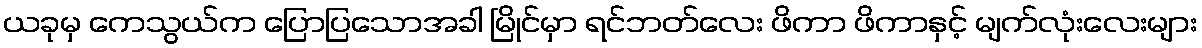
ယခုမှ ကေသွယ်က ပြောပြသောအခါ မြိုင်မှာ ရင်ဘတ်လေး ဖိကာ ဖိကာနှင့် မျက်လုံးလေးများ